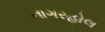
નાગરહોલ